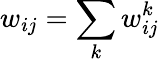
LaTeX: w_{ij}=\sum_{k}w_{ij}^{k}